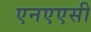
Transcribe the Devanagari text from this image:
एनएएसी